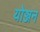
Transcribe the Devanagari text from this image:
योञ्जन